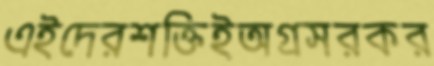
এইদেরশক্তিইঅগ্রসরকর